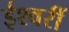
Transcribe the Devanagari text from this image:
ईश्वरीं